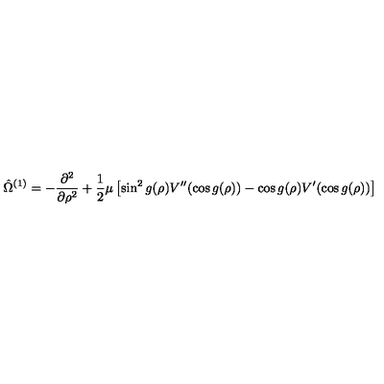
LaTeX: \hat { \Omega } ^ { ( 1 ) } = - \frac { \partial ^ { 2 } } { \partial \rho ^ { 2 } } + \frac 1 2 \mu \left[ \sin ^ { 2 } g ( \rho ) V ^ { \prime \prime } ( \cos g ( \rho ) ) - \cos g ( \rho ) V ^ { \prime } ( \cos g ( \rho ) ) \right]